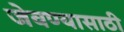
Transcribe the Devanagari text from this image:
जेवण्यासाठी